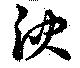
泱